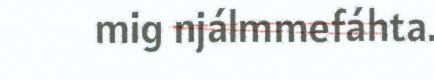
mig njálmmefáhta.